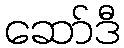
ဆော်ဒီ